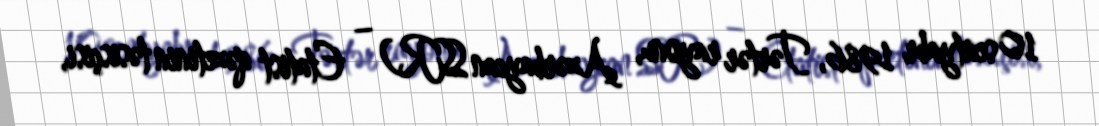
10 sentyabr 1986, Tərtər rayonu, Azərbaycan SSR) – Etatist qəzetinin təsisçisi,